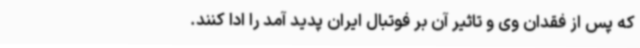
که پس از فقدان وی و تاثیر آن بر فوتبال ایران پدید آمد را ادا کنند.